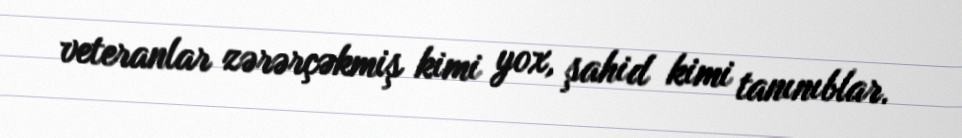
veteranlar zərərçəkmiş kimi yox, şahid kimi tanınıblar.